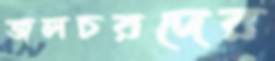
জলচরদের